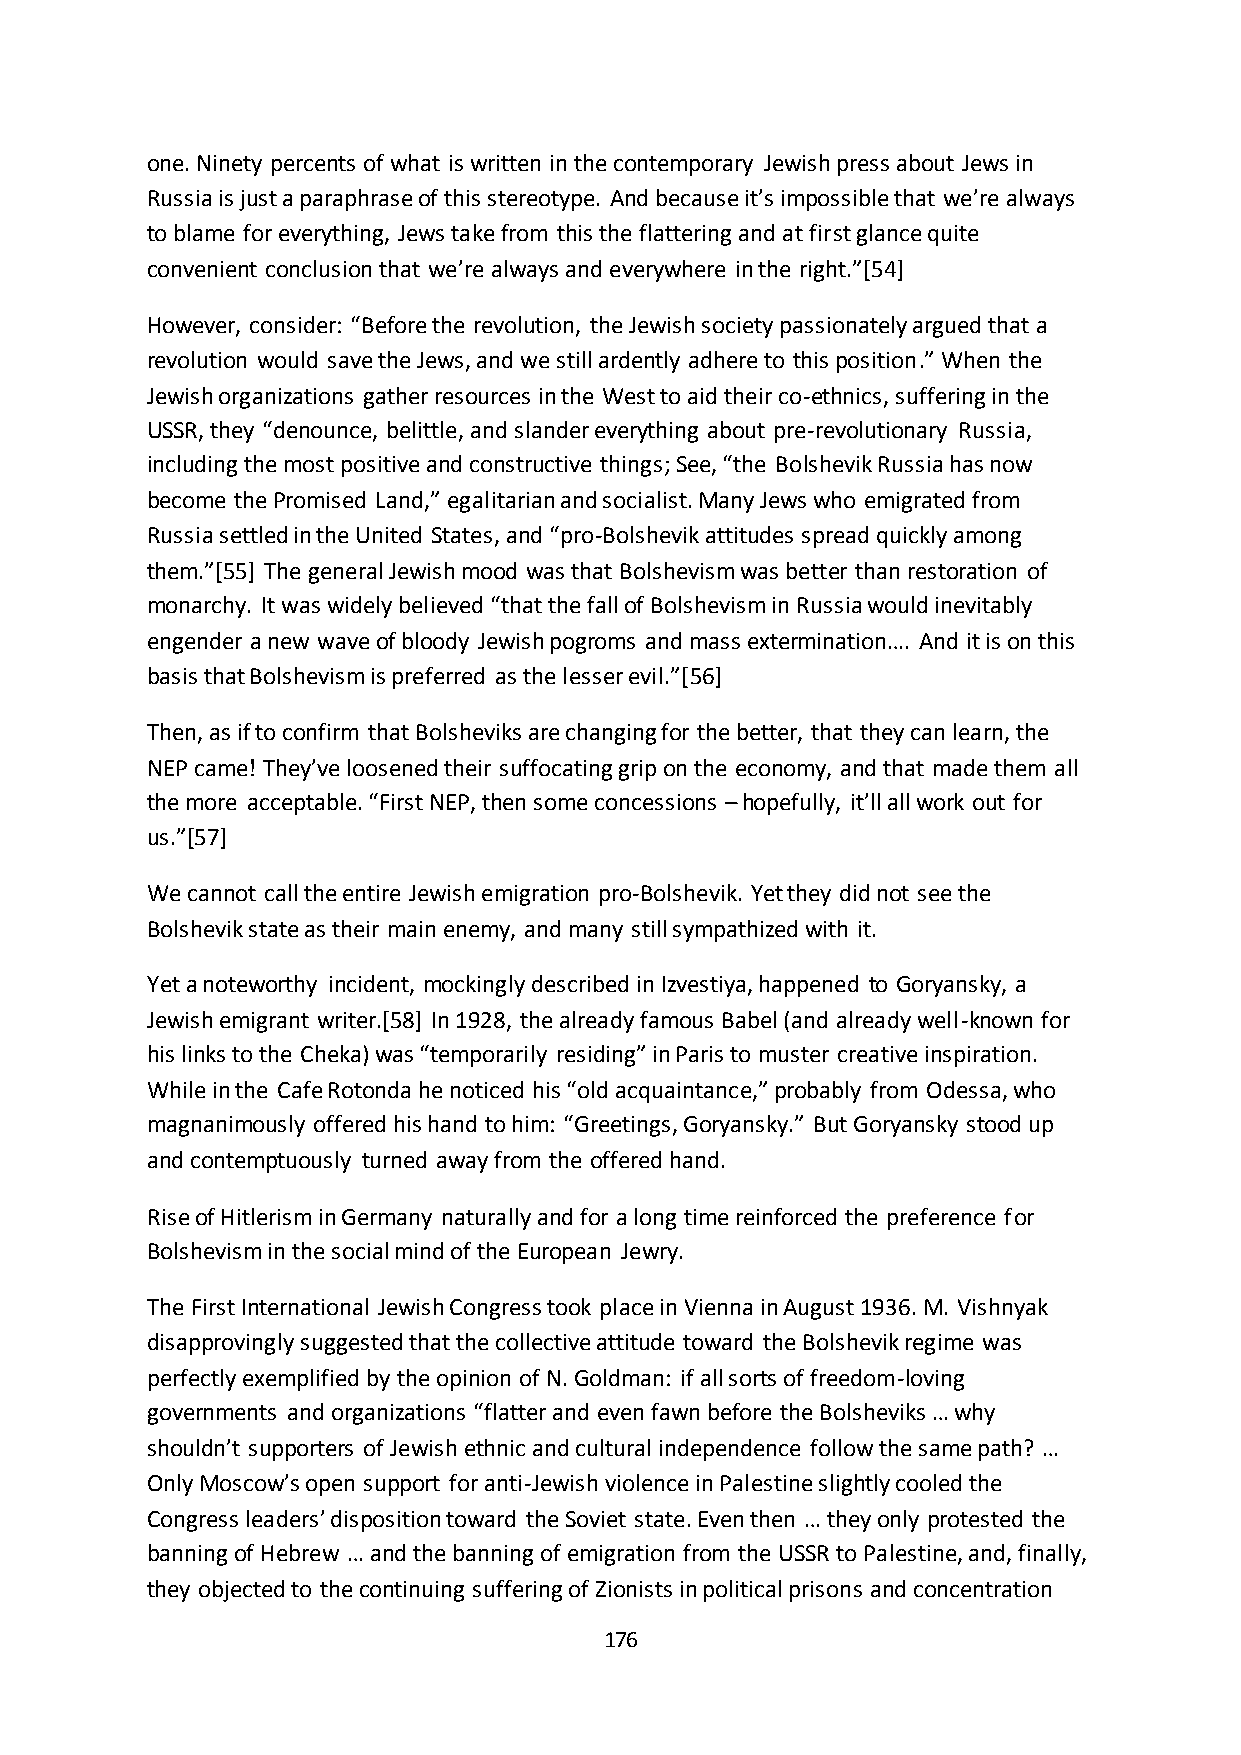
one. Ninety percents of what is written in the contemporary Jewish press about Jews in
 Russia is just a paraphrase of this stereotype. And because it’s impossible that we’re always
 to blame for everything, Jews take from this the flattering and at first glance quite
 convenient conclusion that we’re always and everywhere in the right.”*54+
 However, consider: “Before the revolution, the Jewish society passionately argued that a
 revolution would save the Jews, and we still ardently adhere to this position.” When the
 Jewish organizations gather resources in the West to aid their co-ethnics, suffering in the
 USSR, they “denounce, belittle, and slander everything about pre-revolutionary Russia,
 including the most positive and constructive things; See, “the Bolshevik Russia has now
 become the Promised Land,” egalitarian and socialist. Many Jews who emigrated from
 Russia settled in the United States, and “pro-Bolshevik attitudes spread quickly among
 them.”*55+ The general Jewish mood was that Bolshevism was better than restoration of
 monarchy. It was widely believed “that the fall of Bolshevism in Russia would inevitably
 engender a new wave of bloody Jewish pogroms and mass extermination…. And it is on this
 basis that Bolshevism is preferred as the lesser evil.”*56]
 Then, as if to confirm that Bolsheviks are changing for the better, that they can learn, the
 NEP came! They’ve loosened their suffocating grip on the economy, and that made them all
 the more acceptable. “First NEP, then some concessions – hopefully, it’ll all work out for
 us.”*57+
 We cannot call the entire Jewish emigration pro-Bolshevik. Yet they did not see the
 Bolshevik state as their main enemy, and many still sympathized with it.
 Yet a noteworthy incident, mockingly described in Izvestiya, happened to Goryansky, a
 Jewish emigrant writer.[58] In 1928, the already famous Babel (and already well-known for
 his links to the Cheka) was “temporarily residing” in Paris to muster creative inspiration.
 While in the Cafe Rotonda he noticed his “old acquaintance,” probably from Odessa, who
 magnanimously offered his hand to him: “Greetings, Goryansky.” But Goryansky stood up
 and contemptuously turned away from the offered hand.
 Rise of Hitlerism in Germany naturally and for a long time reinforced the preference for
 Bolshevism in the social mind of the European Jewry.
 The First International Jewish Congress took place in Vienna in August 1936. M. Vishnyak
 disapprovingly suggested that the collective attitude toward the Bolshevik regime was
 perfectly exemplified by the opinion of N. Goldman: if all sorts of freedom-loving
 governments and organizations “flatter and even fawn before the Bolsheviks … why
 shouldn’t supporters of Jewish ethnic and cultural independence follow the same path? …
 Only Moscow’s open support for anti-Jewish violence in Palestine slightly cooled the
 Congress leaders’ disposition toward the Soviet state. Even then … they only protested the
 banning of Hebrew … and the banning of emigration from the USSR to Palestine, and, finally,
 they objected to the continuing suffering of Zionists in political prisons and concentration
 176